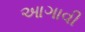
આગાવી